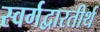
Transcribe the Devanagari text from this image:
स्वर्गद्वारतीर्थ